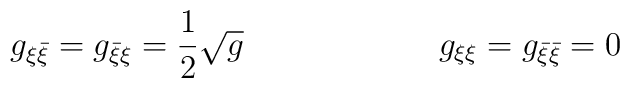
g_{\xi \bar \xi }=g_{\bar \xi \xi }={\frac{1}{2}} \sqrt{g}\qquad \qquad\qquad g_{\xi \xi }=g_{\bar \xi \bar \xi }=0